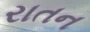
રાતન